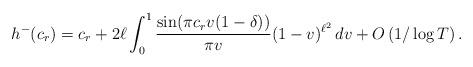
LaTeX: \begin{align*}h^-(c_r) = c_r +2\ell \int_{0}^{1}\frac{\sin(\pi c_r v(1-\delta))}{\pi v}(1-v)^{\ell^2}\,dv +O\left(1/\log T\right).\\\end{align*}